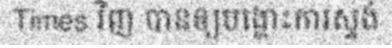
Times វិញ បានឲ្យបង្ហោះការស្ទង់